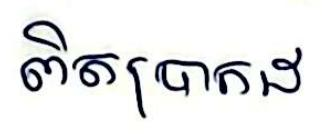
ពិតប្រាកដ